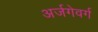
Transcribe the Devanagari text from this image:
अर्जगेवर्ग